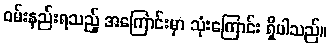
ဝမ်းနည်းရသည့် အကြောင်းမှာ သုံးကြောင်း ရှိပါသည်။